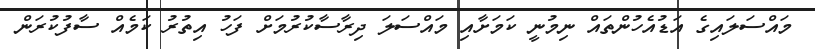
މައްސަލައިގެ އަޑުއެހުންތައް ނިމުނީ ކަމަށާއި މައްސަލަ ދިރާސާކުރުމަށް ފަހު އިތުރު ކަމެއް ސާފުކުރަން